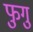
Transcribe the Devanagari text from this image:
फुगु